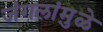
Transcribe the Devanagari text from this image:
जंगलांमु़ळे